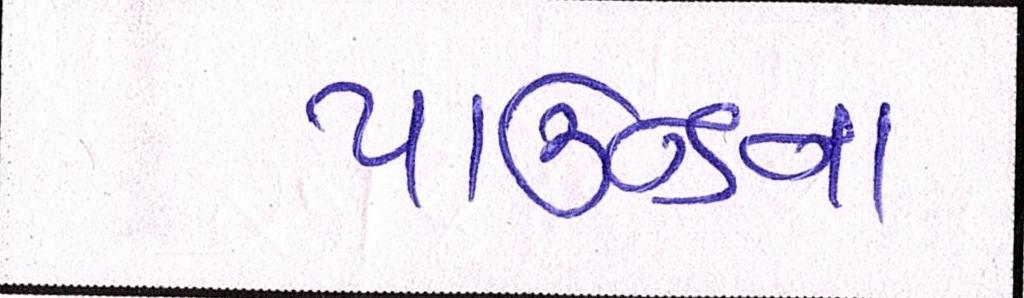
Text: પાઉન્ડના